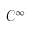
\mathcal { C } ^ { \infty }